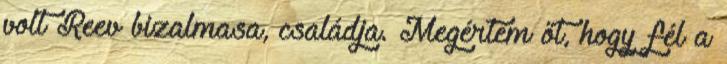
volt Reev bizalmasa, családja. Megértem őt, hogy fél a